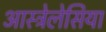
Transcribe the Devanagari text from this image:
आस्ट्रेलेसिया